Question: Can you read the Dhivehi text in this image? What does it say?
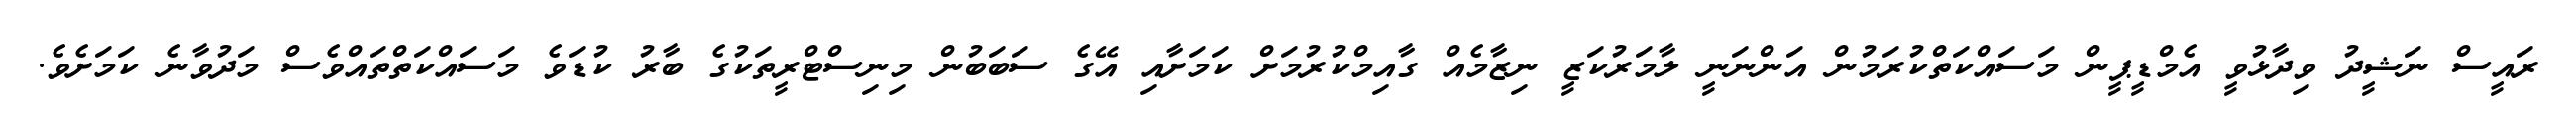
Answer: ރައީސް ނަޝީދު ވިދާޅުވީ އެމްޑީޕީން މަސައްކަތްކުރަމުން އަންނަނީ ލާމަރުކަޒީ ނިޒާމެއް ގާއިމްކުރުމަށް ކަމަށާއި އޭގެ ސަބަބުން މިނިސްޓްރީތަކުގެ ބާރު ކުޑަވެ މަސައްކަތްތައްވެސް މަދުވާނެ ކަމަށެވެ.